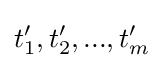
t_{1}',t_{2}',...,t_{m}'